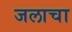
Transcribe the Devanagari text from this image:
जलाचा